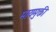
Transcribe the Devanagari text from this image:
मायमुक्ती